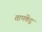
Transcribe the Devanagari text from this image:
तापकेंद्र